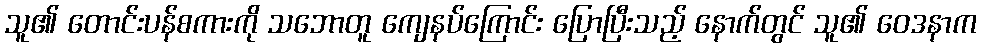
သူ၏ တောင်းပန်စကားကို သဘောတူ ကျေနပ်ကြောင်း ပြောပြီးသည့် နောက်တွင် သူ၏ ဝေဒနာက